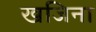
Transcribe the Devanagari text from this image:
खजिना